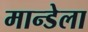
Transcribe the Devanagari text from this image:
मान्डेला